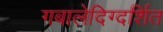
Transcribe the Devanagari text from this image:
गबालेदिग्दर्शित